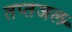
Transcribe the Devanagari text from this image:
तप्तजल